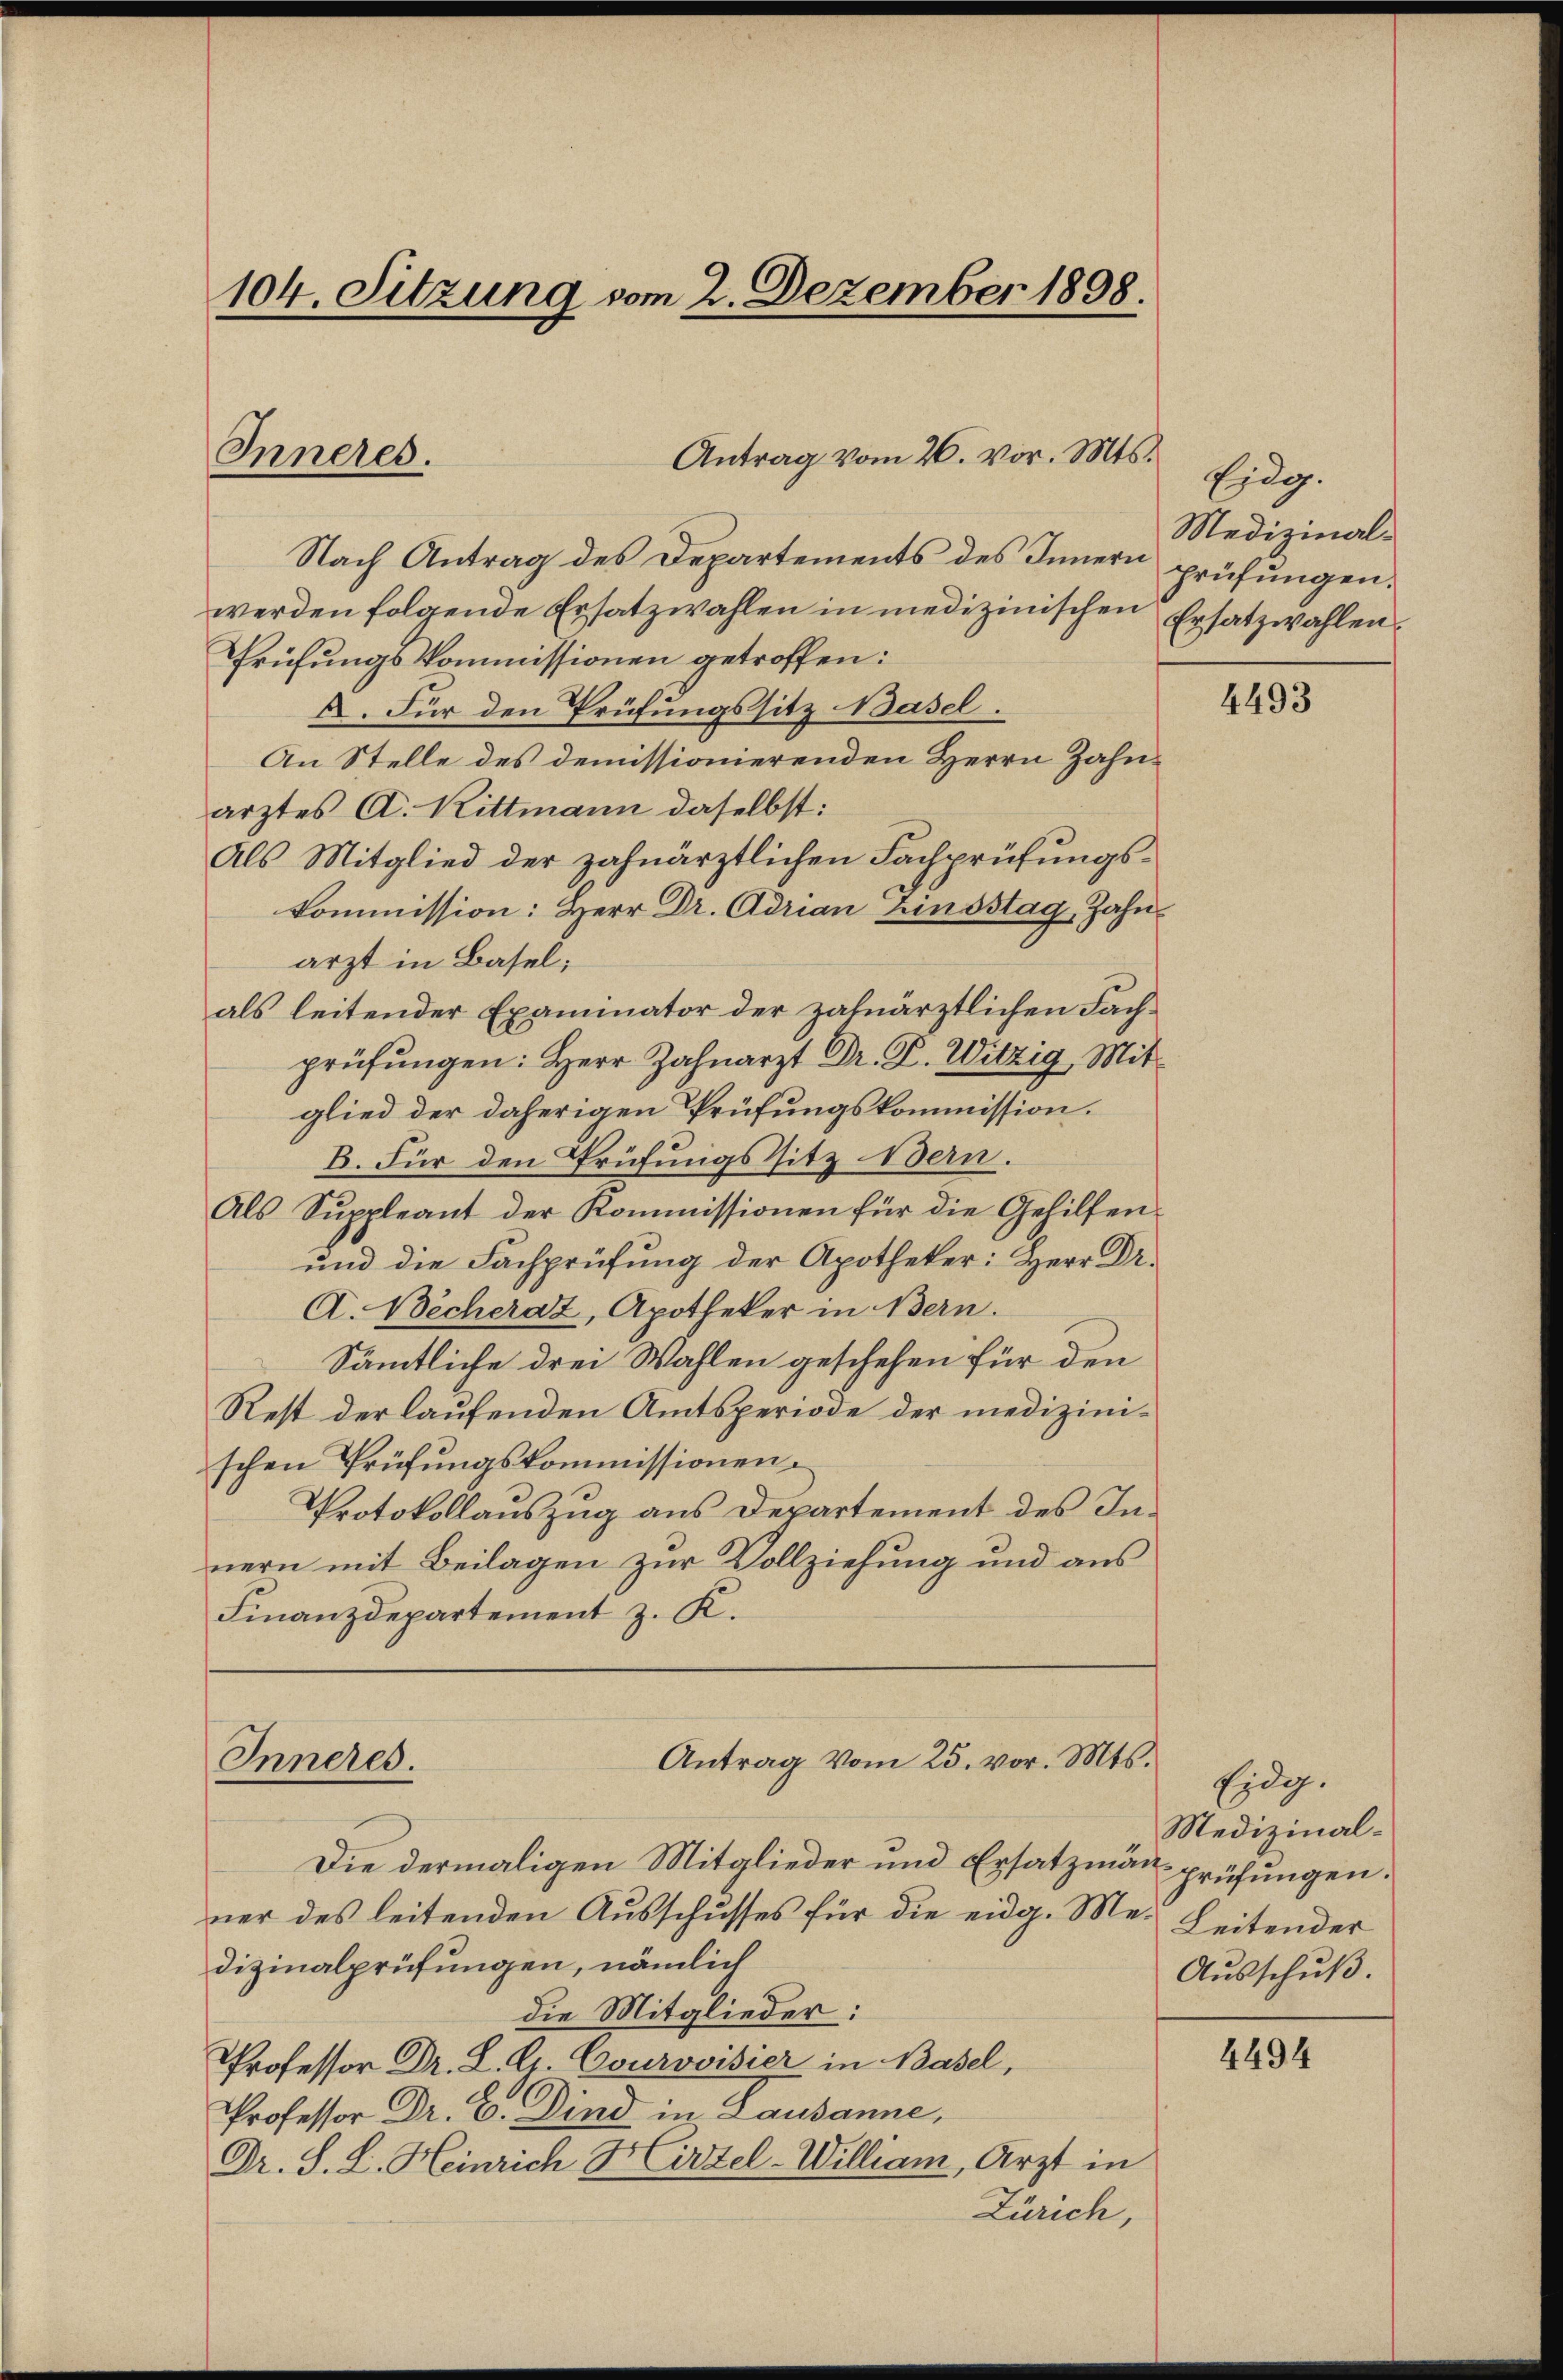
Antrag vom 26. vor. Mts.
Nach Antrag des Departements des Innern prüfungen.
werden folgende Ersatzwahlen in medizinischen Ersatzwahlen
Prüfungskommissionen getroffen:
A. Für den Prüfungssitz Basel.
An Stelle des demissionierenden Herrn Zahnarztes A. Rittmann daselbst:
Als Mitglied der zahnärztlichen Fachprüfungskommission: Herr Dr. Adrian Zinsstag, Zahn
arzt in Basel,
als leitender Examinator der zalnärztlichen Fachprüfŭngen: Herr Zahnarzt Dr. P. Witzig Mitglied der daherigen Prüfungskommission.
B. Für den Prüfungssitz Bern.
Als Suppleant der Kommissionen für die Gehilfen-
und die Fachprüfung der Apotheker: Herr Dr.
A. Becherat, Apotheker in Bern.
Sämtliche drei Wahlen geschehen für den
Rest der laufenden Amtsperiode der medizinischen Prüfungskommissionen.
Protokollauszug aus Departement des Innern mit Beilagen zur Vollziehung und aus
Finanzdepartement z. K.

104. Sitzung vom 2. Dezember 1898.

Inneres.

Antrag vom 25. vor. Mts.
Inneres.

Die dermaligen Mitglieder und Ersatzmann prüfungen.
ner des leitenden Ausschusses für die eidg. Me- Leitender
dizinalprüfungen, nämlich
die Mitglieder:
Professor Dr. L. G. Courovisier in Basel,
Professor Dr. C. Dind in Lausanne,
Dr. S. L. Heinrich Hirzel-William, Arzt in
Zürich,

Eidg.
Medizinal¬

4493

Eidg.
Medizinal¬
Ausschuß.

4494